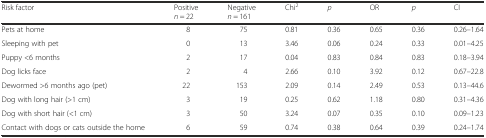
<table><thead><tr><td><b>Risk factor</b></td><td><b>Positive <i>n</i> = 22</b></td><td><b>Negative <i>n</i> = 161</b></td><td><b>Chi<sup>2</sup></b></td><td><b><i>p</i></b></td><td><b>OR</b></td><td><b><i>p</i></b></td><td><b>CI</b></td></tr></thead><tbody><tr><td>Pets at home</td><td>8</td><td>75</td><td>0.81</td><td>0.36</td><td>0.65</td><td>0.36</td><td>0.26–1.64</td></tr><tr><td>Sleeping with pet</td><td>0</td><td>13</td><td>3.46</td><td>0.06</td><td>0.24</td><td>0.33</td><td>0.01–4.25</td></tr><tr><td>Puppy &lt;6 months</td><td>2</td><td>17</td><td>0.04</td><td>0.83</td><td>0.84</td><td>0.83</td><td>0.18–3.94</td></tr><tr><td>Dog licks face</td><td>2</td><td>4</td><td>2.66</td><td>0.10</td><td>3.92</td><td>0.12</td><td>0.67–22.8</td></tr><tr><td>Dewormed &gt;6 months ago (pet)</td><td>22</td><td>153</td><td>2.09</td><td>0.14</td><td>2.49</td><td>0.53</td><td>0.13–44.6</td></tr><tr><td>Dog with long hair (&gt;1 cm)</td><td>3</td><td>19</td><td>0.25</td><td>0.62</td><td>1.18</td><td>0.80</td><td>0.31–4.36</td></tr><tr><td>Dog with short hair (&lt;1 cm)</td><td>3</td><td>50</td><td>3.24</td><td>0.07</td><td>0.35</td><td>0.10</td><td>0.09–1.23</td></tr><tr><td>Contact with dogs or cats outside the home</td><td>6</td><td>59</td><td>0.74</td><td>0.38</td><td>0.64</td><td>0.39</td><td>0.24–1.74</td></tr></tbody></table>